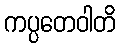
ကပ္ပတေဝါတိ